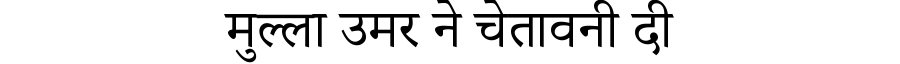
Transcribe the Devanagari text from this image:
मुल्ला उमर ने चेतावनी दी